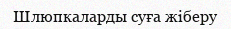
Шлюпкаларды суға жіберу